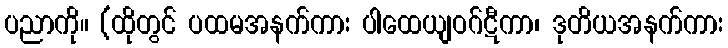
ပညာကို။ (ထိုတွင် ပထမအနက်ကား ပါထေယျဝဂ်ဋီကာ၊ ဒုတိယအနက်ကား